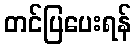
တင်ပြပေးရန်